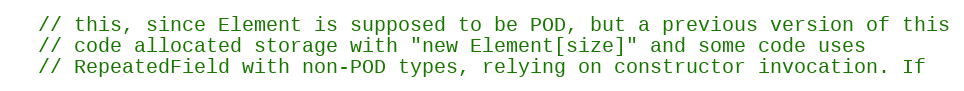
Language: C
  // this, since Element is supposed to be POD, but a previous version of this
  // code allocated storage with "new Element[size]" and some code uses
  // RepeatedField with non-POD types, relying on constructor invocation. If